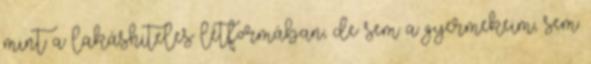
mint a lakáshiteles létformában, de sem a gyermekeim, sem